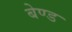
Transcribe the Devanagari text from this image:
बेण्ड